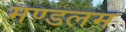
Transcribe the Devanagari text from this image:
मण्डलम